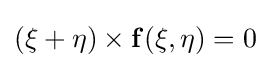
(\xi +\eta )\times {\bf {f}}(\xi ,\eta )=0